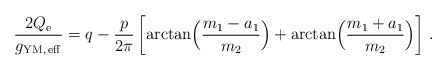
\begin{align*}{2Q_{\rm e}\over g_{\rm YM,\, eff}} = q-{p\over 2\pi} \left[ \arctan \Bigl( {m_{1}-a_{1}\over m_{2}}\Bigr) + \arctan \Bigl( {m_{1}+a_{1}\over m_{2}}\Bigr) \right]\, .\end{align*}